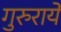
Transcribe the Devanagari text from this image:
गुरुरायें